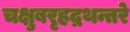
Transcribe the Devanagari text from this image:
चक्षुबरृहद्रथन्तरे